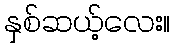
နှစ်ဆယ့်လေး။